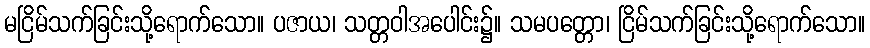
မငြိမ်သက်ခြင်းသို့ရောက်သော။ ပဇာယ၊ သတ္တဝါအပေါင်း၌။ သမပတ္တော၊ ငြိမ်သက်ခြင်းသို့ရောက်သော။